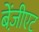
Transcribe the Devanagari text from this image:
बेंज़ीएट